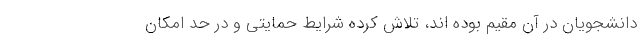
دانشجویان در آن مقیم بوده اند، تلاش کرده شرایط حمایتی و در حد امکان